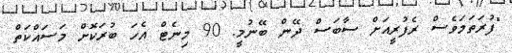
"ފުރަތަމަވެސް ރެފުރީއަށް ސާބަސް ދޭން ބޭނުމީ. 90 މިނެޓް އެހަ ބުރަކޮށް މަސައްކަތް